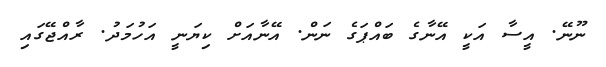
ނޫނޭ. އީސާ އަކީ އޭނާގެ ބައްޕަގެ ނަން. އޭނާއަށް ކިޔަނީ އަހުމަދު. ރާއްޖޭގައި